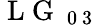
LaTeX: \mathrm{~L~G~}_{\mathrm{~0~3~}}